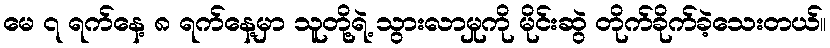
မေ ၇ ရက်နေ့ ၈ ရက်နေ့မှာ သူတို့ရဲ့ သွားလာမှုကို မိုင်းဆွဲ တိုက်ခိုက်ခဲ့သေးတယ်။